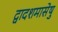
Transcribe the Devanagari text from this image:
द्वादशमासेषु